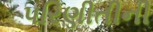
પરિણીતીની